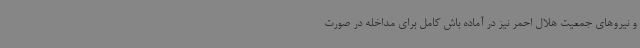
و نیروهای جمعیت هلال احمر نیز در آماده باش کامل برای مداخله در صورت